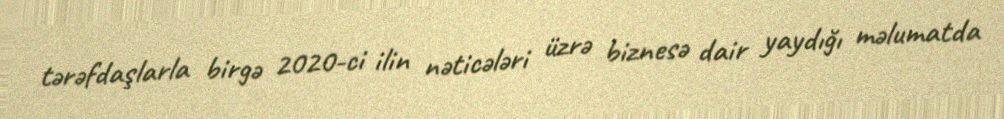
tərəfdaşlarla birgə 2020-ci ilin nəticələri üzrə biznesə dair yaydığı məlumatda